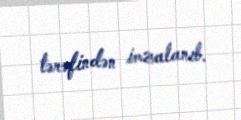
tərəfindən imzalanıb.